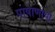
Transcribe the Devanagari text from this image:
पाषाणाचा